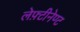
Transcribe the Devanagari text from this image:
लेफ़्टीनेण्ट